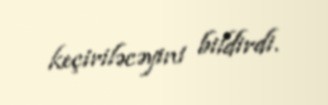
keçiriləcəyini bildirdi.